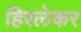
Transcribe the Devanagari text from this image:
हिरलेकर